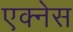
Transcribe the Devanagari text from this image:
एक्नेस